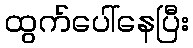
ထွက်ပေါ်နေပြီး